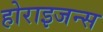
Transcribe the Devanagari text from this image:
होराइजन्स